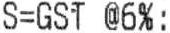
S=GST @6%: